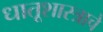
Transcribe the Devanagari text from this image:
धातूशास्त्राचे